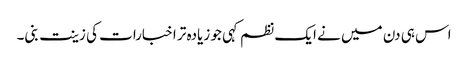
اس ہی دن میں نے ایک نظم کہی جو زیادہ تر اخبارات کی زینت بنی۔